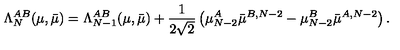
\Lambda _ { N } ^ { A B } ( \mu , \bar { \mu } ) = \Lambda _ { N - 1 } ^ { A B } ( \mu , \bar { \mu } ) + \frac { 1 } { 2 \sqrt { 2 } } \left( \mu _ { N - 2 } ^ { A } \bar { \mu } ^ { B , N - 2 } - \mu _ { N - 2 } ^ { B } \bar { \mu } ^ { A , N - 2 } \right) .